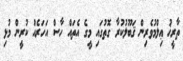
ތާރީޚު ޢިލްމުވެރިން ޤަބޫލުކުރާ ގޮތުގައި މީގެ އެތައް ހާސް އަހަރެއް ކުރީން މުޅި